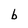
Character: b